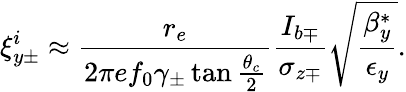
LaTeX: \xi_{y\pm}^{i}\approx\frac{r_{e}}{2\pi ef_{0}\gamma_{\pm}\tan\frac{\theta_{c}}{2}}\frac{I_{b\mp}}{\sigma_{z\mp}}\sqrt{\frac{\beta_{y}^{*}}{\epsilon_{y}}}.